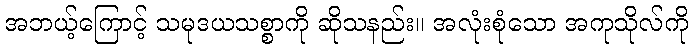
အဘယ့်ကြောင့် သမုဒယသစ္စာကို ဆိုသနည်း။ အလုံးစုံသော အကုသိုလ်ကို